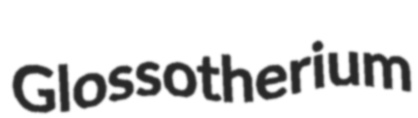
Glossotherium